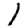
Digit: 1